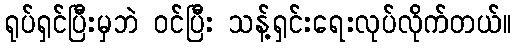
ရုပ်ရှင်ပြီးမှဘဲ ဝင်ပြီး သန့်ရှင်းရေးလုပ်လိုက်တယ်။